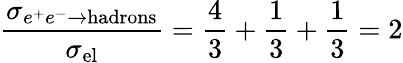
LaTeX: {\frac{\sigma_{e^{+}e^{-}\to\mathrm{hadrons}}}{\sigma_{\mathrm{el}}}}=\frac 43+\frac 13+\frac 13=2